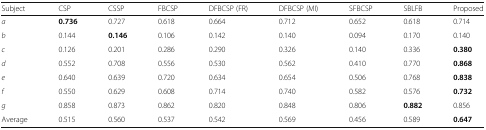
| Subject | CSP | CSSP | FBCSP | DFBCSP (FR) | DFBCSP (MI) | SFBCSP | SBLFB | Proposed |
 | --- | --- | --- | --- | --- | --- | --- | --- | --- |
 | a | 0.736 | 0.727 | 0.618 | 0.664 | 0.712 | 0.652 | 0.618 | 0.714 |
 | b | 0.144 | 0.146 | 0.106 | 0.142 | 0.140 | 0.094 | 0.170 | 0.140 |
 | c | 0.126 | 0.201 | 0.286 | 0.290 | 0.326 | 0.140 | 0.336 | 0.380 |
 | d | 0.552 | 0.708 | 0.556 | 0.530 | 0.562 | 0.410 | 0.770 | 0.868 |
 | e | 0.640 | 0.639 | 0.720 | 0.634 | 0.654 | 0.506 | 0.768 | 0.838 |
 | f | 0.550 | 0.629 | 0.608 | 0.714 | 0.740 | 0.582 | 0.576 | 0.732 |
 | g | 0.858 | 0.873 | 0.862 | 0.820 | 0.848 | 0.806 | 0.882 | 0.856 |
 | Average | 0.515 | 0.560 | 0.537 | 0.542 | 0.569 | 0.456 | 0.589 | 0.647 |